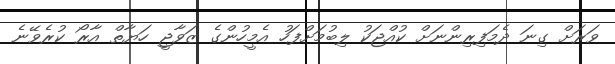
ވަރަށް ގިނަ ދެމަފިރިންނަށް ކުއްޖަކު ލިބުމަށްފަހު އެމީހުންގެ ޒަވާޖީ ހަޔާތް އާރޯ ކުރެވޭނެ